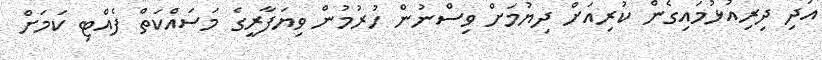
އަދި ދިރިއުޅުމައިގެން ކުރިއަށް ދިޔުމަށް ވިސްނުން ހުރުމުން ވިޔަފާރީގެ މަސައްކަތް ފެއްޓި ކަމަށް